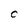
Character: 0